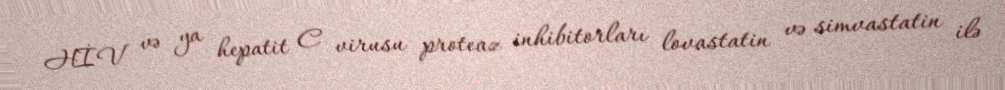
HİV və ya hepatit C virusu proteaz inhibitorları lovastatin və simvastatin ilə